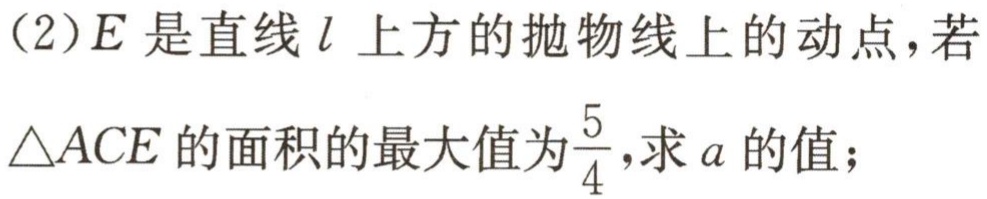
(2)\(E\)是直线\(l\)上方的抛物线上的动点，若\(\triangle ACE\)的面积的最大值为\(\frac{5}{4}\)，求\(a\)的值；